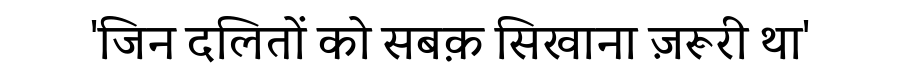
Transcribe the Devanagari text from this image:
'जिन दलितों को सबक़ सिखाना ज़रूरी था'